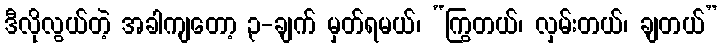
ဒီလိုလွယ်တဲ့ အခါကျတော့ ၃-ချက် မှတ်ရမယ်၊ “ကြွတယ်၊ လှမ်းတယ်၊ ချတယ်”